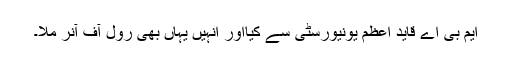
ایم بی اے قاید اعظم یونیورسٹی سے کیااور انہیں یہاں بھی رول آف آنر ملا۔